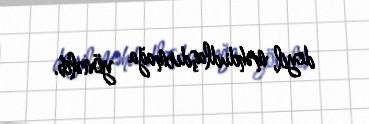
deyil, məhdudlaşdırmağa yönəlib.